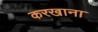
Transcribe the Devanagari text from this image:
करखाना